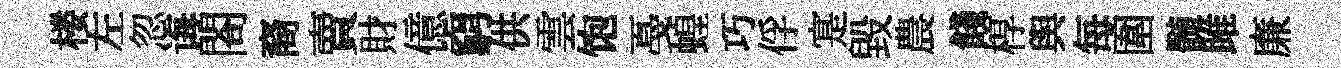
楼左忽诲閤裔賣財億窮供雲饱戞蝗巧俘寔毀農餞椁舆每圍髄雎廉